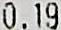
0.19